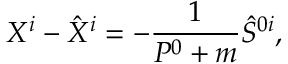
X ^ { i } - \hat { X } ^ { i } = - \frac { 1 } { P ^ { 0 } + m } \hat { S } ^ { 0 i } ,